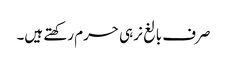
صرف بالغ نر ہی حرم رکھتے ہیں۔